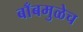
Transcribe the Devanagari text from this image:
बाँबमुळेच